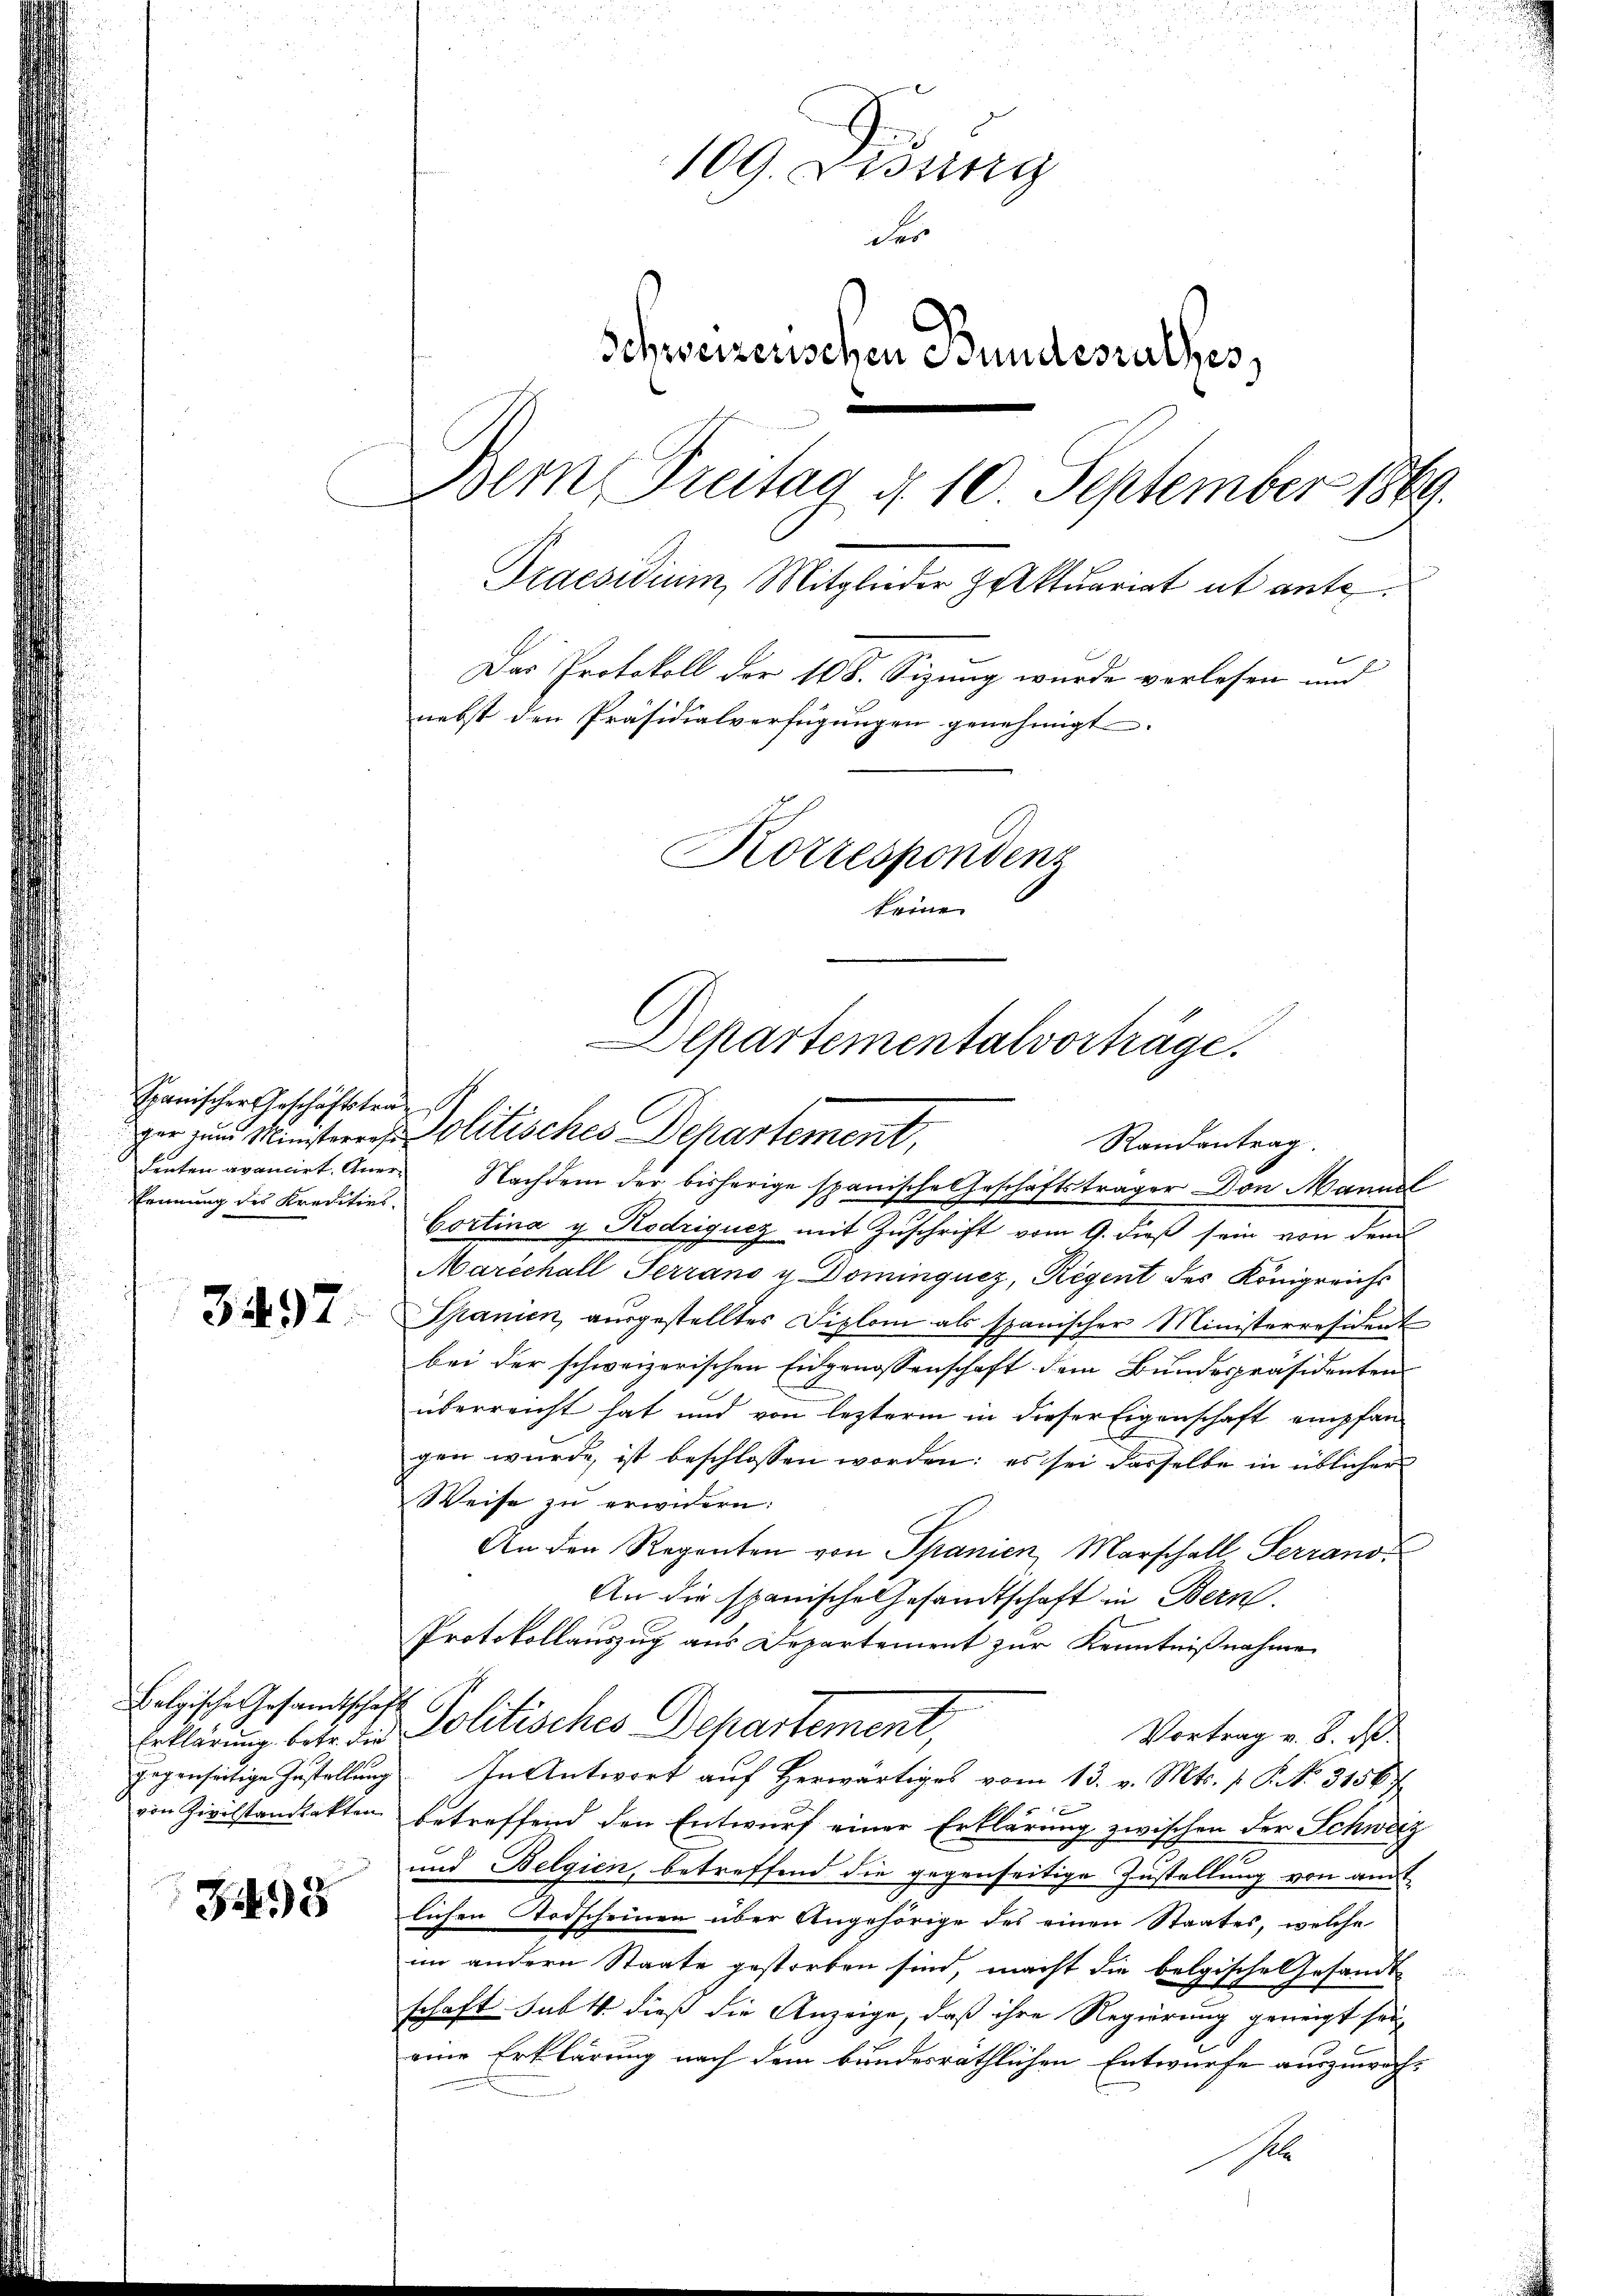
Spanischer Geschäftsträ¬
Leuten avancirt Aner¬
Erinnung des Kredities.

3497

Belgische Gesandtschaft
Erklärung betr. die
gegenseitige Zustellung
von Zivilstandsakten

398

109 Didung
des
Schweizerischen Bundesrathes,
Bern Freitag d. 10 September 1869.
Praesidium, Mitglieder Zaktuariat et ante
Das Protokoll der 108. Sizung wurde verlesen und
nebst den Präsidialverfügungen genehmigt.
Korrespondenz
keine
Departementalvorträge.

ger zum Ministeres Politisches Departement,
Cortina g Rodriquez mit Zuschrift vom 9. dieß sein von den
Marechall Terrano u. Dominquez, Regent des Königreichs
Spanien, ausgestelltes Diplom als spanischer Ministerresident
bei der schweizerischen Eidgenossenschaft dem Bundespräsidenten
überreicht hat und von lezterm in dieser Eigenschaft empfan
gen wurde, ist beschlossen worden; es sei dasselbe in üblicher
Weise zu erwidern:
An den Regenten von Spanien, Marschall Serranos
An die spanische Gesandtschaft in Bern.
Protokollauszug aus Departement zur Kenntnißnahme
Politisches Departement,
Vortrag v. 8. d.
In Antwort auf Herwärtiges vom 13. v. Mts. v. P. Nr. 31567
betreffend den Entwurf einer Erklärung zwischen der Schwarz
und Belgien, betreffend die gegenseitige Zustellung von amt
lichen Todscheinen über Angehörige des einen Staates, welche
im andern Staate gestorben sind, macht die belgische Gesandt
schaft. sub 1. dieß die Anzeige, daß ihre Regierung geneigt sei,
eine Erklärung nach dem bundesräthlichen Entwurfe auszuwache

Randantrag.
Nachdem der bisherige spanische Geschäftsträger Don Mannl